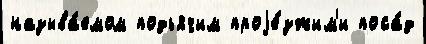
называ́емом подьячим проjе́зжим'и поса́д